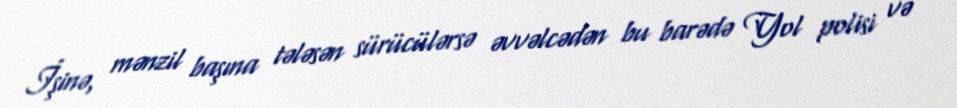
İşinə, mənzil başına tələsən sürücülərsə əvvəlcədən bu barədə Yol polisi və